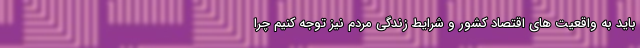
باید به واقعیت های اقتصاد کشور و شرایط زندگی مردم نیز توجه کنیم چرا